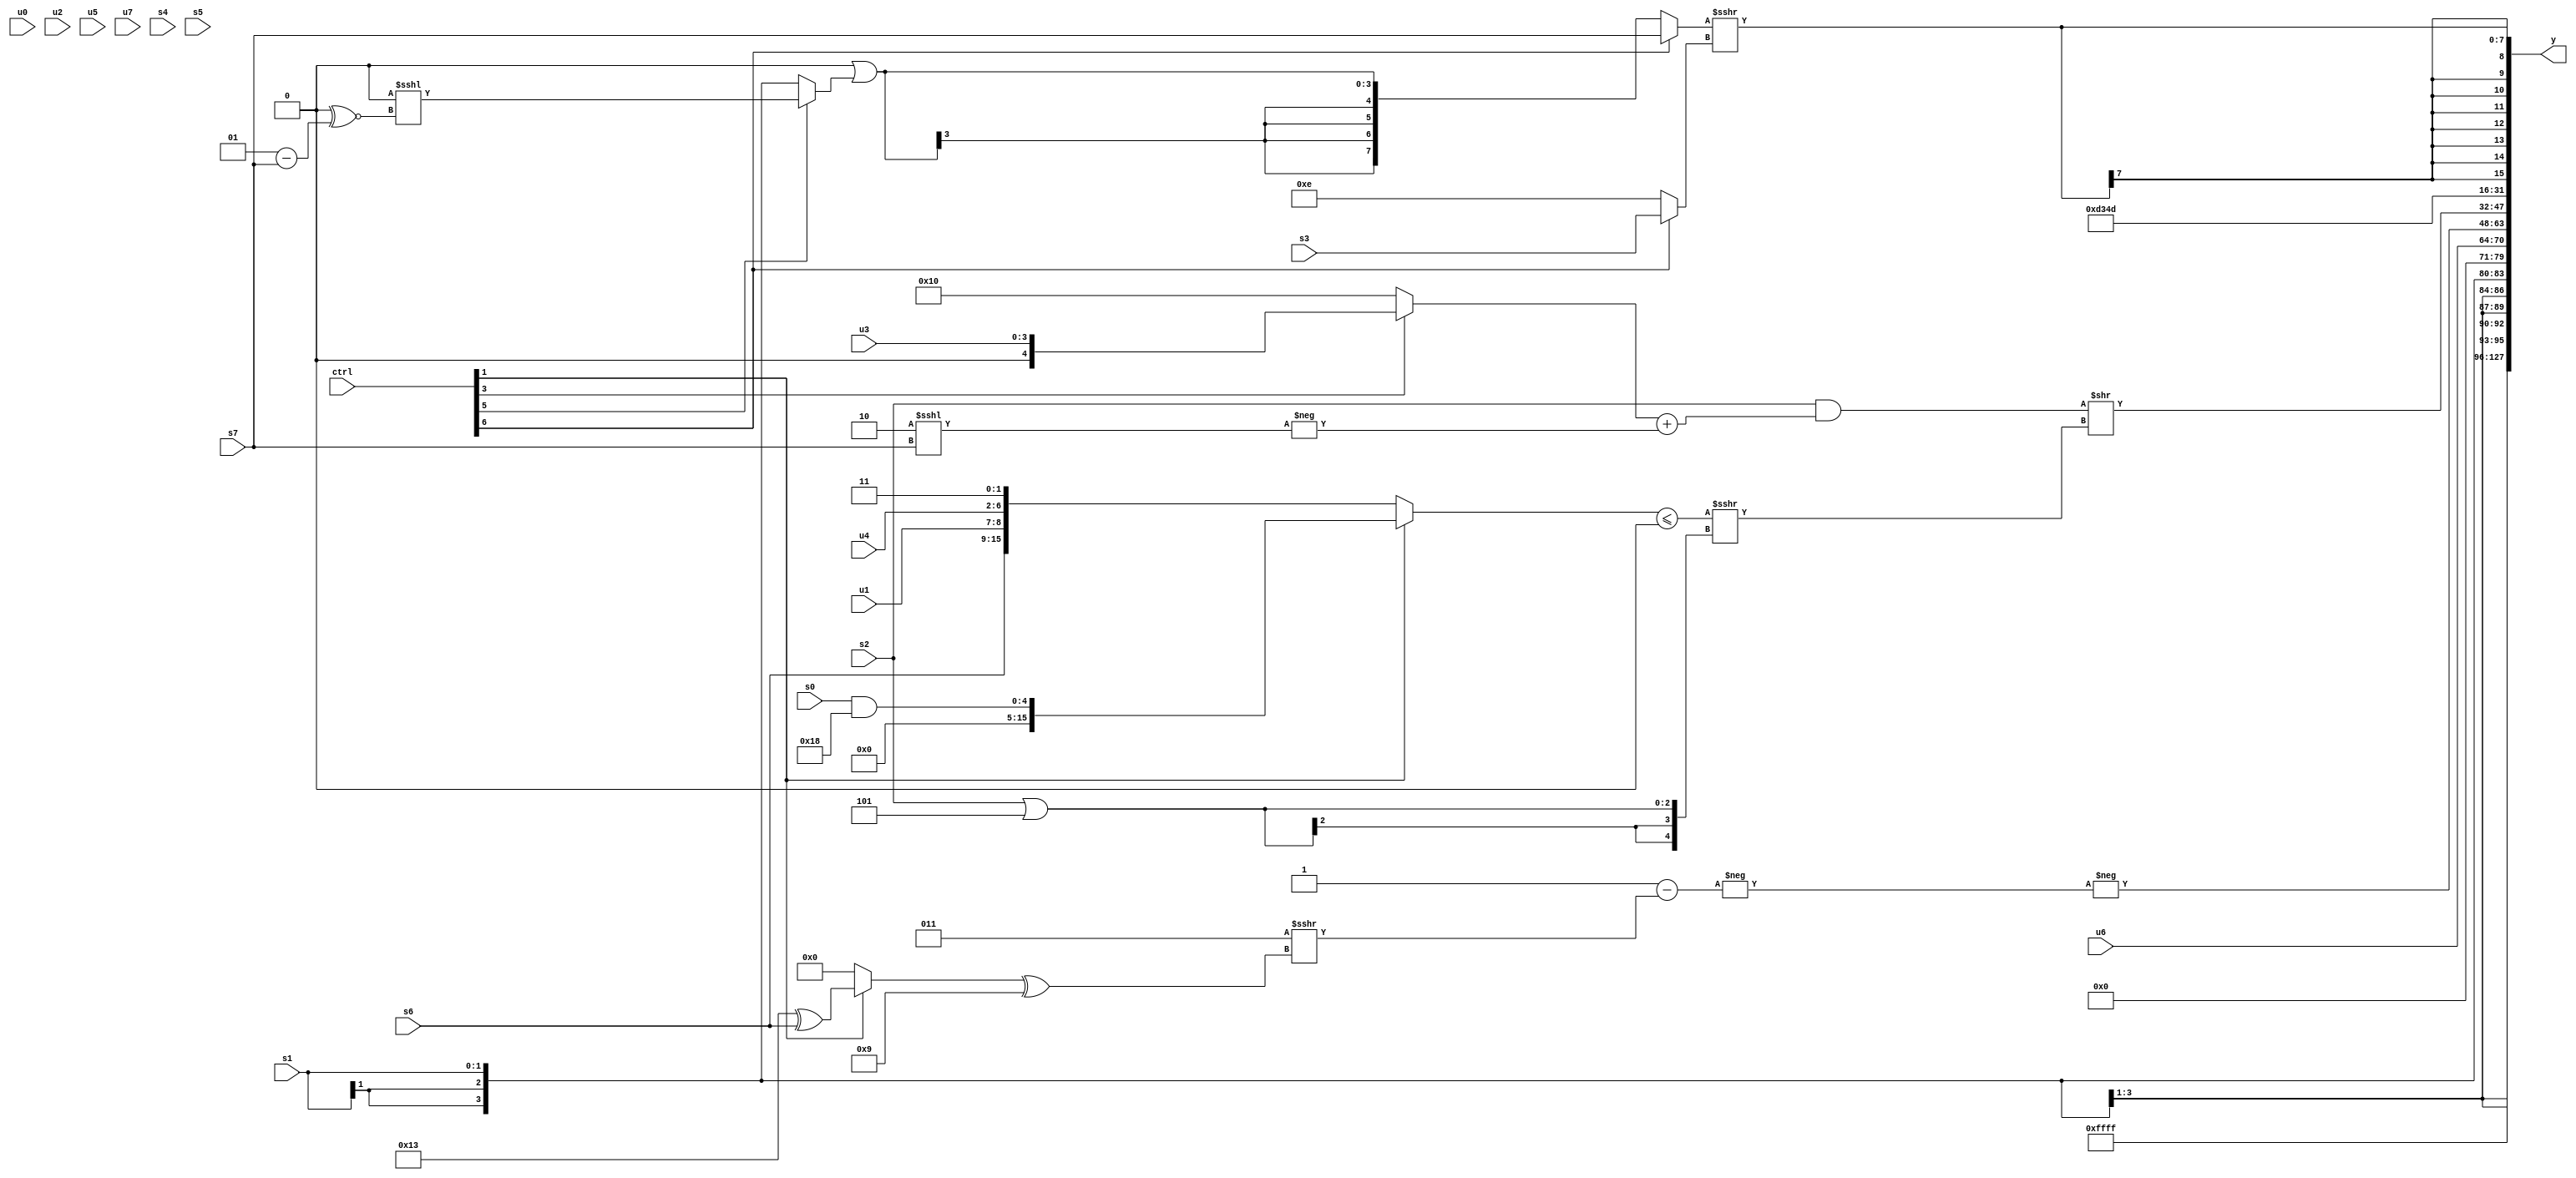
module wideexpr_00438(ctrl, u0, u1, u2, u3, u4, u5, u6, u7, s0, s1, s2, s3, s4, s5, s6, s7, y);
  input [7:0] ctrl;
  input [0:0] u0;
  input [1:0] u1;
  input [2:0] u2;
  input [3:0] u3;
  input [4:0] u4;
  input [5:0] u5;
  input [6:0] u6;
  input [7:0] u7;
  input signed [0:0] s0;
  input signed [1:0] s1;
  input signed [2:0] s2;
  input signed [3:0] s3;
  input signed [4:0] s4;
  input signed [5:0] s5;
  input signed [6:0] s6;
  input signed [7:0] s7;
  output [127:0] y;
  wire [15:0] y0;
  wire [15:0] y1;
  wire [15:0] y2;
  wire [15:0] y3;
  wire [15:0] y4;
  wire [15:0] y5;
  wire [15:0] y6;
  wire [15:0] y7;
  assign y = {y0,y1,y2,y3,y4,y5,y6,y7};
  assign y0 = &(3'sb001);
  assign y1 = $signed(-(1'sb1));
  assign y2 = s1;
  assign y3 = u6;
  assign y4 = -(+(-(((-(5'sb01011))>>>(3'sb111))-((4'sb0011)>>>(((ctrl[1]?(6'sb110011)^(s6):3'sb000))^(5'sb11001))))));
  assign y5 = ((s2)&((+((ctrl[3]?u3:6'b010000)))+(-((2'sb10)<<<(s7)))))>>((((ctrl[1]?(s0)&(5'b11000):{s6,u1,u4,2'sb11}))<=($unsigned((u7)>>(5'sb10010))))>>>((s2)|(5'sb11101)));
  assign y6 = {4{$signed(+(6'sb001101))}};
  assign y7 = $signed(((ctrl[6]?s7:$signed(($signed($signed(+(-(1'b0)))))|((ctrl[5]?(($signed(s3))>>({2{5'sb01000}}))<<<(((1'sb0)<<(3'sb100))^~((2'sb01)-(s7))):s1)))))>>>((ctrl[6]?s3:2'sb10)));
endmodule